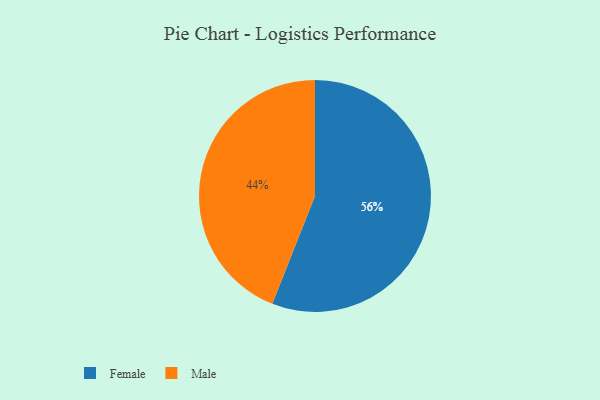
{"axis": {"x": "Category", "y": "Percentage"}, "legend": ["Female", "Male"], "data": [{"x": "Female", "y": 56, "type": "Female"}, {"x": "Male", "y": 44, "type": "Male"}]}